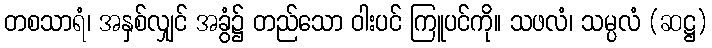
တစသာရံ၊ အနှစ်လျှင် အခွံ၌ တည်သော ဝါးပင် ကြူပင်ကို။ သဖလံ၊ သမ္ပလံ (ဆဋ္ဌ)